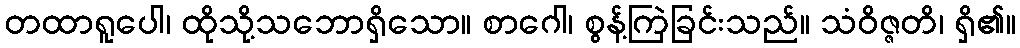
တထာရူပေါ၊ ထိုသို့သဘောရှိသော။ စာဂေါ၊ စွန့်ကြဲခြင်းသည်။ သံဝိဇ္ဇတိ၊ ရှိ၏။